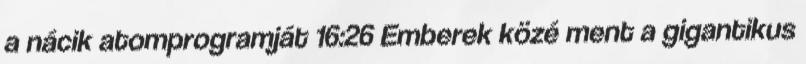
a nácik atomprogramját 16:26 Emberek közé ment a gigantikus